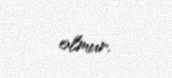
olmur.